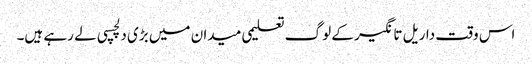
اس وقت داریل تانگیر کے لوگ تعلیمی میدان میں بڑی دلچسپی لے رہے ہیں۔